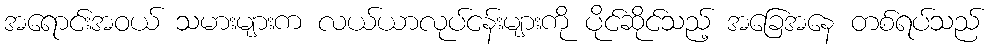
အရောင်းအဝယ် သမားများက လယ်ယာလုပ်ငန်းများကို ပိုင်ဆိုင်သည့် အခြေအနေ တစ်ရပ်သည်